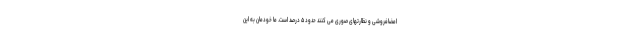
امضافروشی و نظارتهای صوری می کنند حدود ۵ درصد است. ما خودمان به این